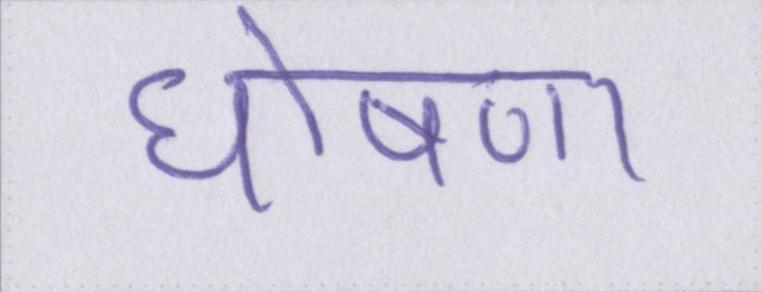
घोषणा